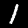
Digit: 1